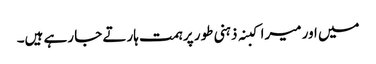
میں اور میرا کبنہ ذہنی طور پر ہمت ہارتے جا رہے ہیں۔